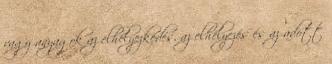
vagy anyagok az elhelyezkedés, az elhelyezés és az adott